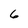
Character: 6